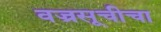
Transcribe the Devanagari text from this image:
वज्रसूचीचा